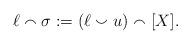
LaTeX: \begin{align*}\ell \smallfrown \sigma : = (\ell \smallsmile u) \smallfrown [X].\end{align*}